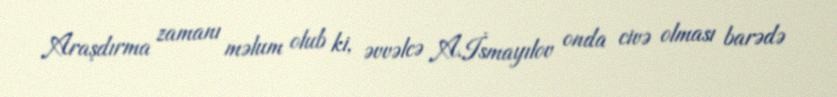
Araşdırma zamanı məlum olub ki, əvvəlcə A.İsmayılov onda civə olması barədə